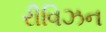
રીવિઝન